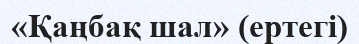
«Қаңбақ шал» (ертегі)